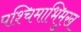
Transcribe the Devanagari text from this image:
पश्‍चिमाभिमुख